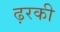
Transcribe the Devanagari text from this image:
ढ़रकी